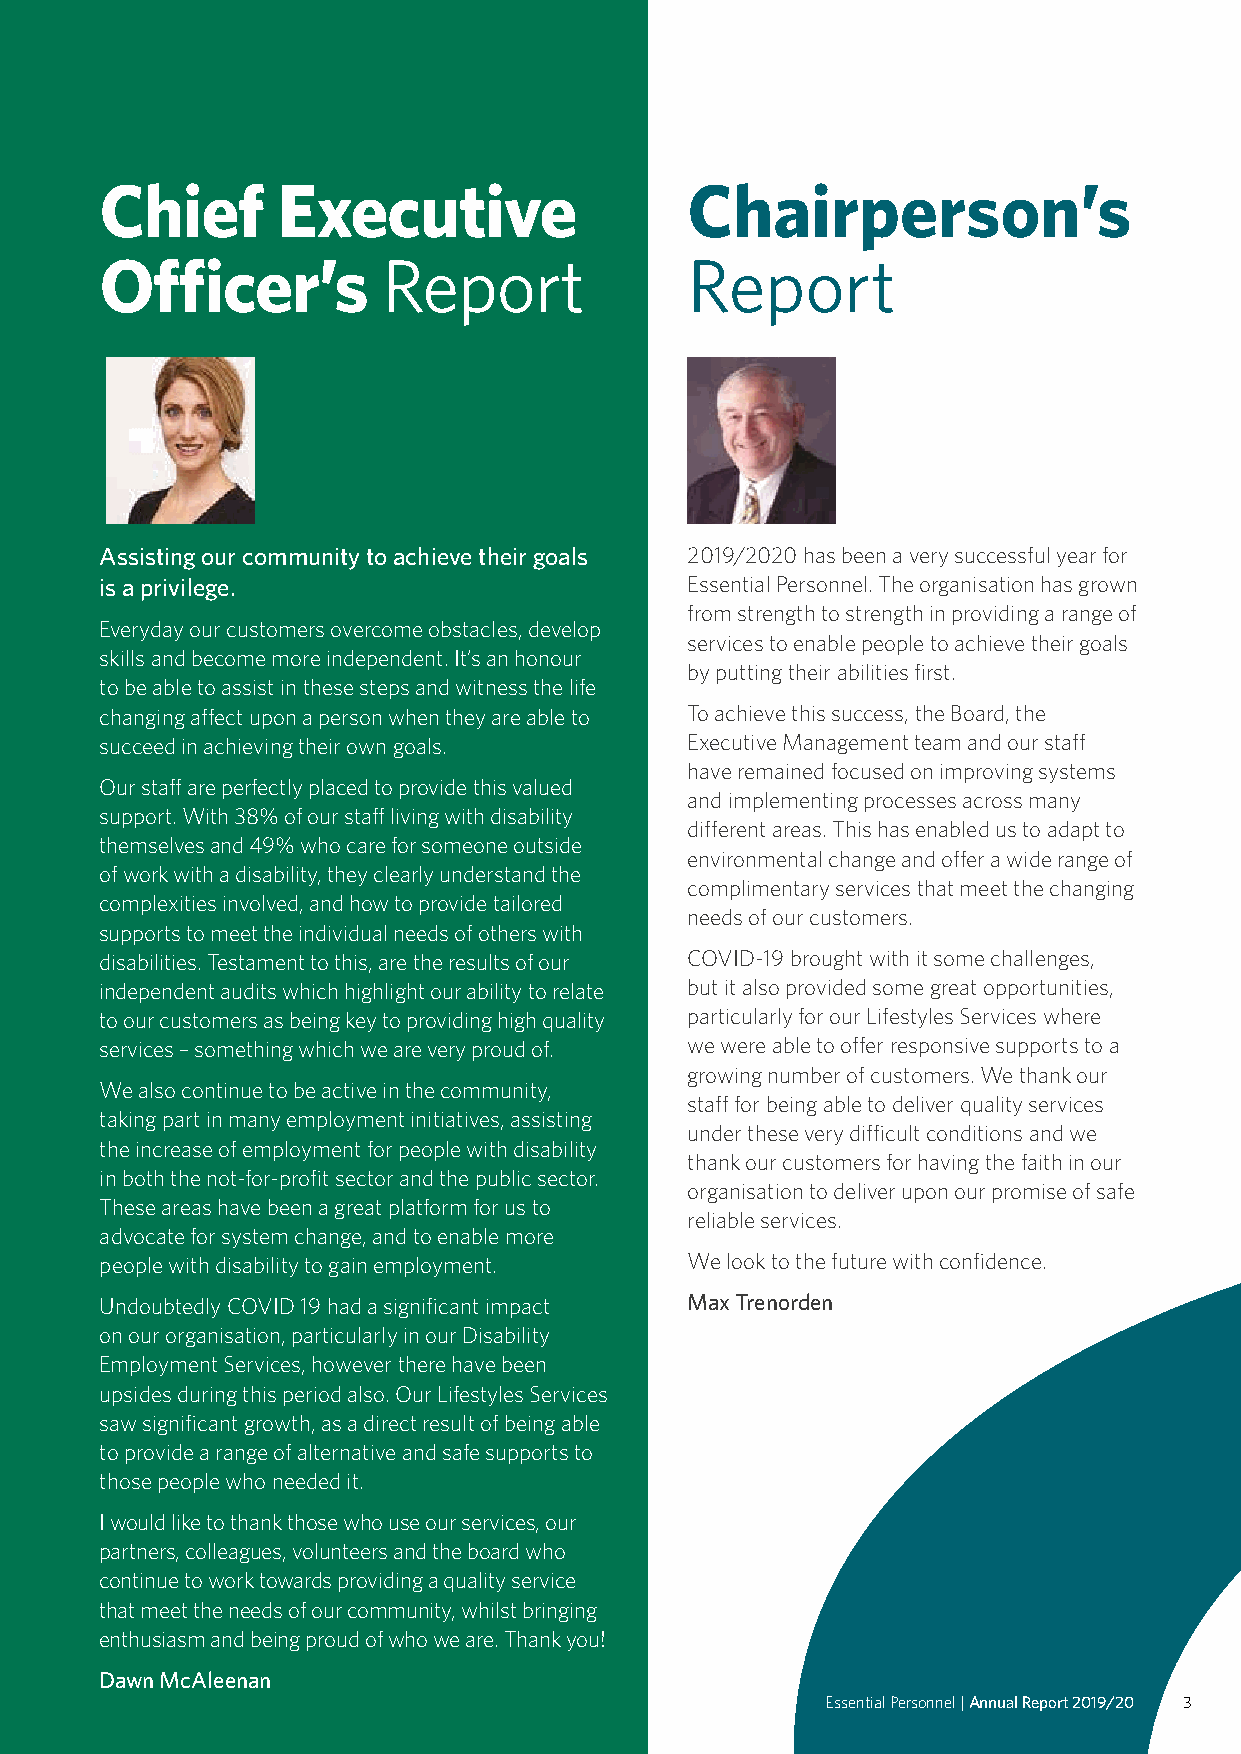
Chief      Executive                  Chairperson’s
 Officer’s         Report              Report
 Assisting our community to achieve their goals 2019/2020 has been a very successful year for
 is a privilege.                       Essential Personnel. The organisation has grown
 from strength to strength in providing a range of
 Everyday our customers overcome obstacles, develop
 services to enable people to achieve their goals
 skills and become more independent. It’s an honour
 by putting their abilities first.
 to be able to assist in these steps and witness the life
 changing affect upon a person when they are able to To achieve this success, the Board, the
 succeed in achieving their own goals. Executive Management team and our staff
 have remained focused on improving systems
 Our staff are perfectly placed to provide this valued
 and implementing processes across many
 support. With 38% of our staff living with disability
 different areas. This has enabled us to adapt to
 themselves and 49% who care for someone outside
 environmental change and offer a wide range of
 of work with a disability, they clearly understand the
 complimentary services that meet the changing
 complexities involved, and how to provide tailored
 needs of our customers.
 supports to meet the individual needs of others with
 disabilities. Testament to this, are the results of our COVID-19 brought with it some challenges,
 independent audits which highlight our ability to relate but it also provided some great opportunities,
 to our customers as being key to providing high quality particularly for our Lifestyles Services where
 services – something which we are very proud of. we were able to offer responsive supports to a
 growing number of customers. We thank our
 We also continue to be active in the community,
 staff for being able to deliver quality services
 taking part in many employment initiatives, assisting
 under these very difficult conditions and we
 the increase of employment for people with disability
 thank our customers for having the faith in our
 in both the not-for-profit sector and the public sector.
 organisation to deliver upon our promise of safe
 These areas have been a great platform for us to
 reliable services.
 advocate for system change, and to enable more
 people with disability to gain employment. We look to the future with confidence.
 Kalannie
 Undoubtedly COVID 19 had a significant impact Max Trenorden
 Jurien Bay
 Moora Bencubbin on our organisation, particularly in our Disability
 Employment Services, however there have been
 upsides during this period also. Our Lifestyles Services
 Ledge Point
 saw significant growth, as a direct result of being able
 Southern Cross
 to provide a range of alternative and safe supports to
 Merredin
 Midland those people who needed it.
 Cannington Northam
 Armadale I would like to thank those who use our services, our
 Hyden
 partners, colleagues, volunteers and the board who
 continue to work towards providing a quality service
 that meet the needs of our community, whilst bringing
 enthusiasm and being proud of who we are. Thank you!
 Dawn McAleenan
 Essential Personnel | Annual Report 2019/20 3